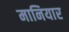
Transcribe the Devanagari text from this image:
मानियार